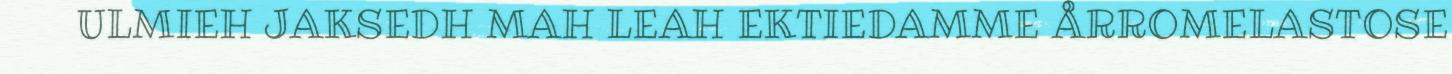
ULMIEH JAKSEDH MAH LEAH EKTIEDAMME ÅRROMELASTOSE